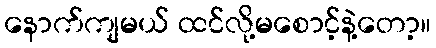
နောက်ကျမယ် ထင်လို့မစောင့်နဲ့တော့။